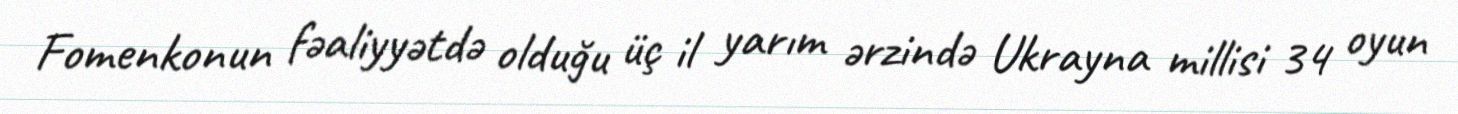
Fomenkonun fəaliyyətdə olduğu üç il yarım ərzində Ukrayna millisi 34 oyun